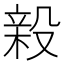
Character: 𭮸